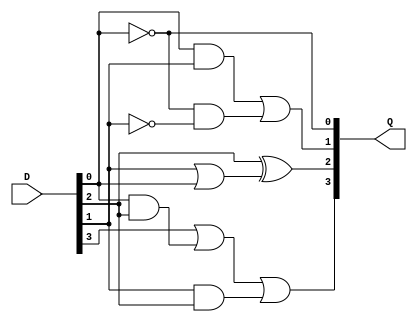
module Excess3(D,Q);

input [3:0] D;
output [3:0] Q;

assign Q[3]=(D[3]|(D[0]&D[2])|(D[1]&D[2]));
assign Q[2]=(D[2]^(D[1]|D[0]));
assign Q[1]=((D[0]&D[1])|(~D[0]&~D[1]));
assign Q[0]=~D[0];


endmodule